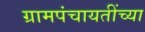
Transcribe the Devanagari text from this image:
ग्रामपंचायतींच्या